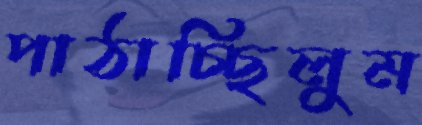
পাঠাচ্ছিলুম